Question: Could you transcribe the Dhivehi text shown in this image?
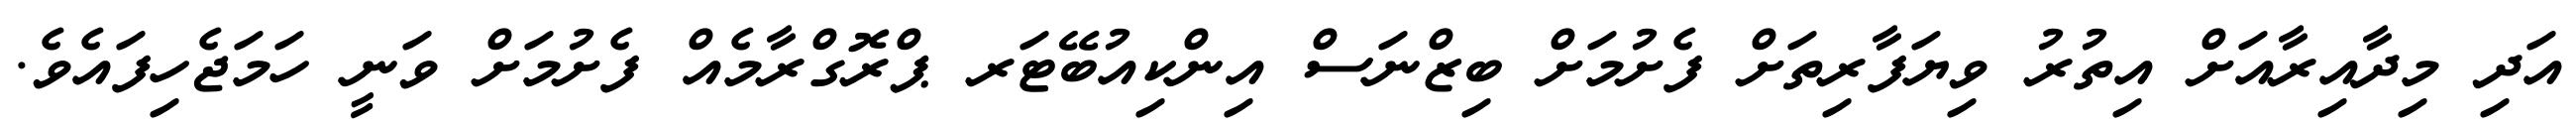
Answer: އަދި މިދާއިރާއަށް އިތުރު ވިޔަފާރިތަށް ފެށުމަށް ބިޒްނަސް އިންކިއުބޭޓަރ ޕްރޮގްރާމެއް ފެށުމަށް ވަނީ ހަމަޖެހިފައެވެ.